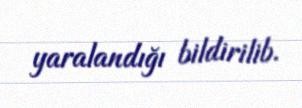
yaralandığı bildirilib.